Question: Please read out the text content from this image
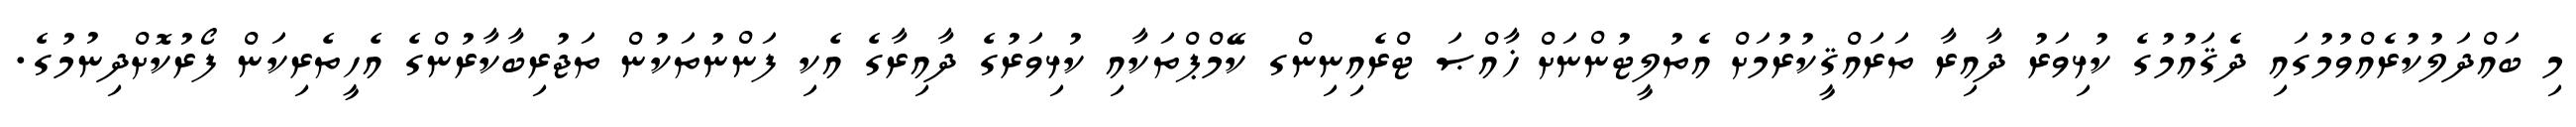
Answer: މި ބައްދަލުކުރެއްވުމުގައި ދެޤައުމުގެ ކުޅިވަރު ދާއިރާ ތަރައްޤީކުރުމަށް އެތުލީޓުންނަށް ޚާއްޞަ ޓްރެއިނިންގ ކޭމްޕްތަކާއި ކުޅިވަރުގެ ދާއިރާގެ އެކި ފަންނުތަކުން ތަޖުރިބާކާރުންގެ އެހީތެރިކަން ފޯރުކޮށްދިނުމުގެ.